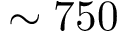
\sim 7 5 0